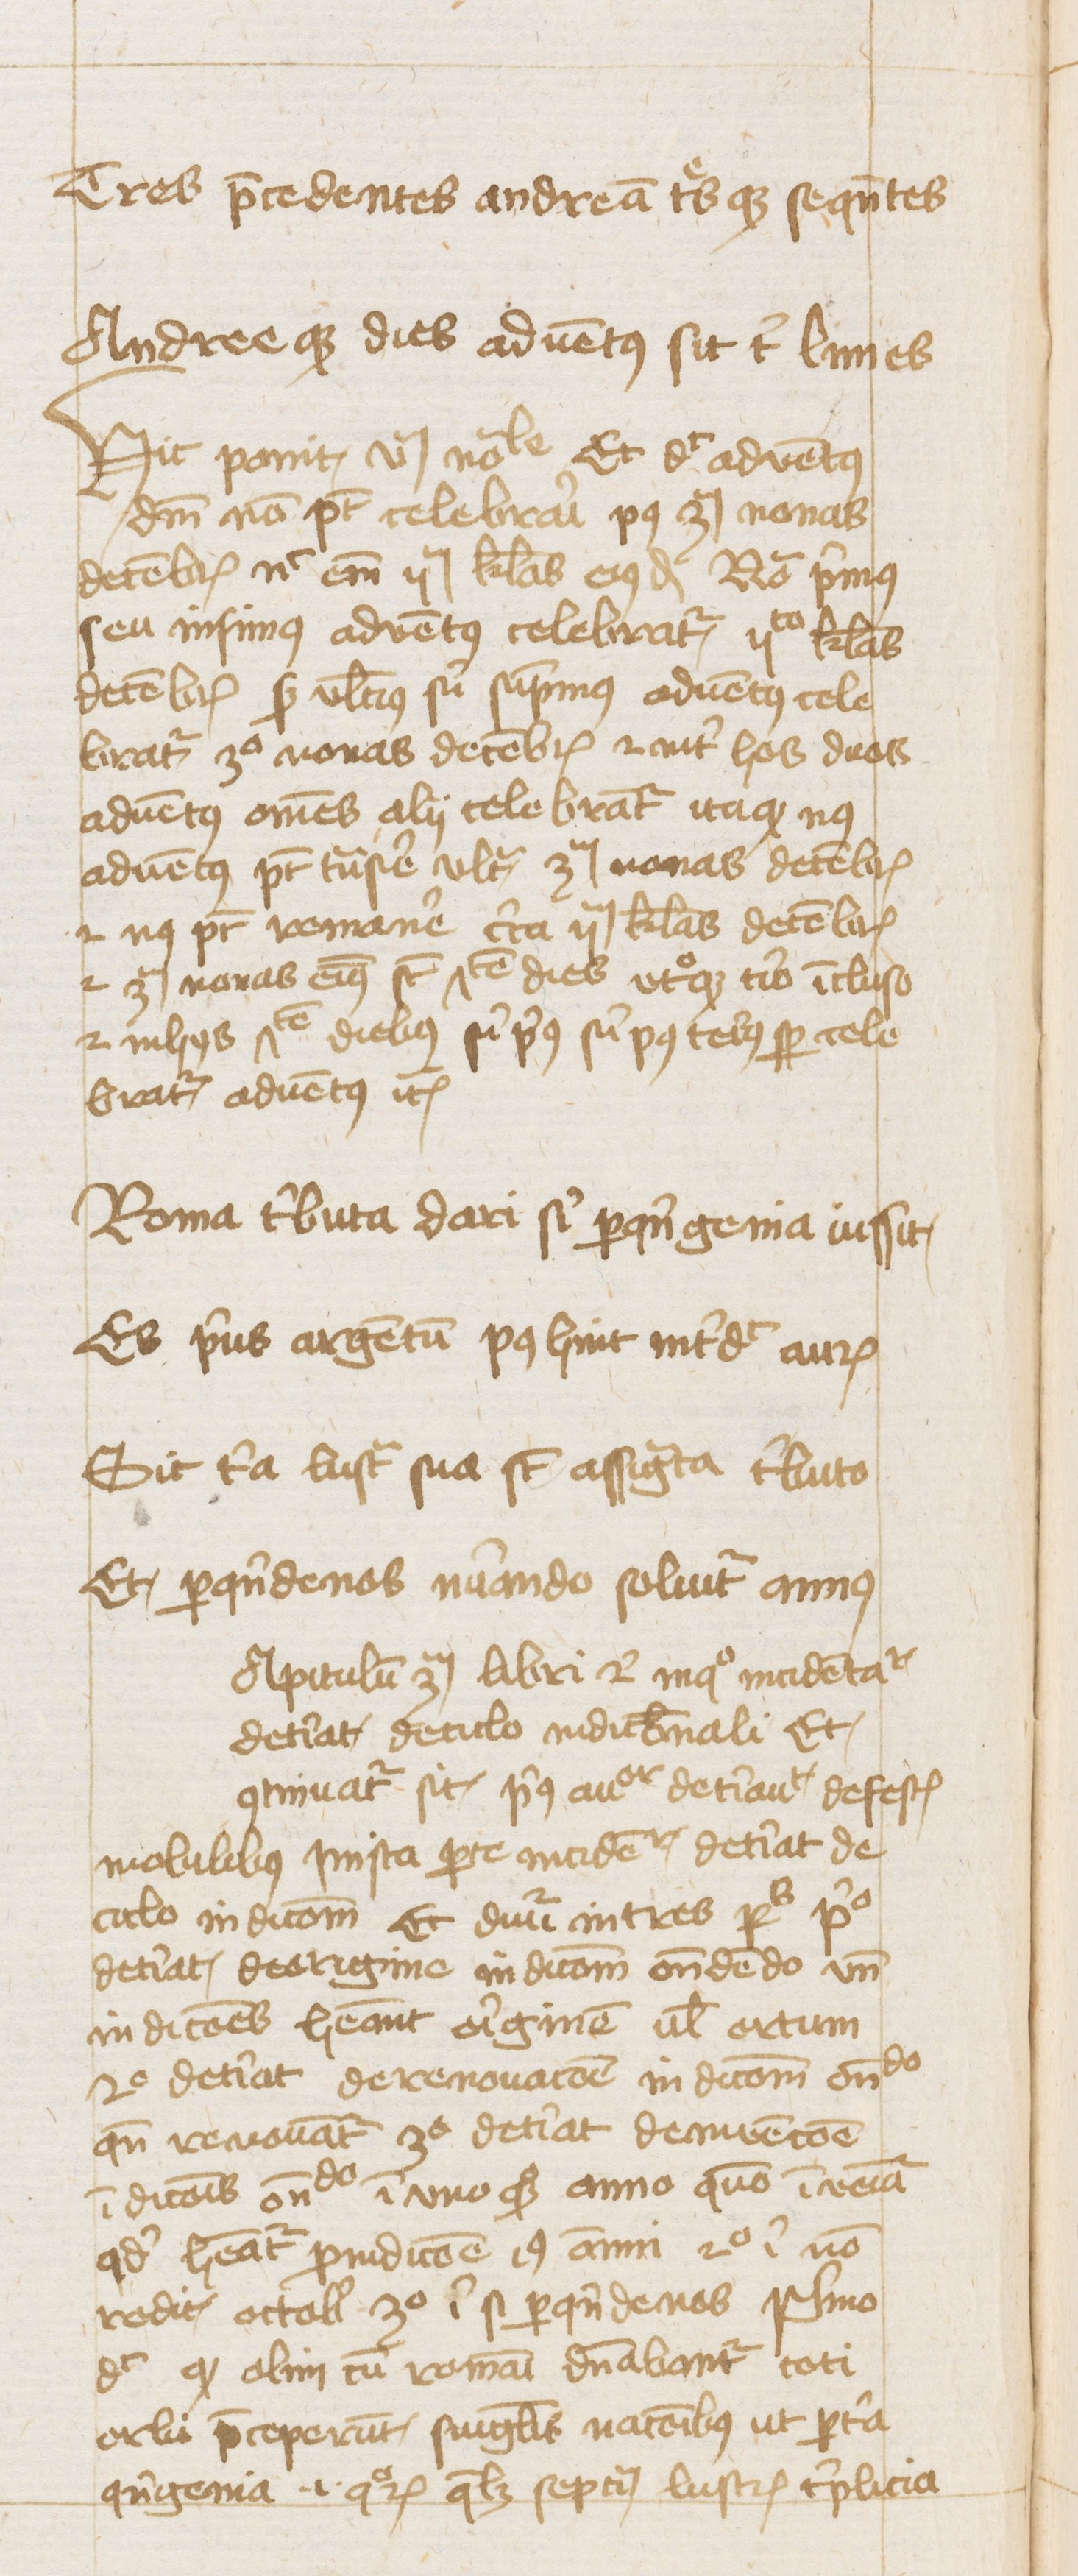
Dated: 1425–1425